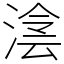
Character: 𣸮